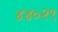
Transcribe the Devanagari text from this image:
४४०२९